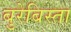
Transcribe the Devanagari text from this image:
बुरेबिस्ता